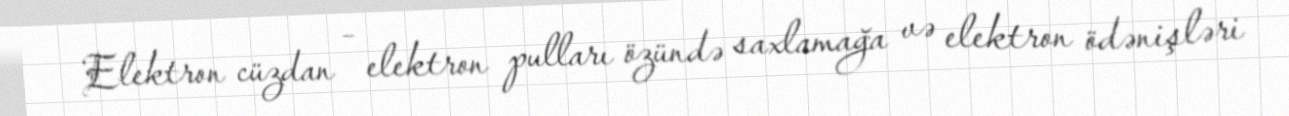
Elektron cüzdan – elektron pulları özündə saxlamağa və elektron ödənişləri